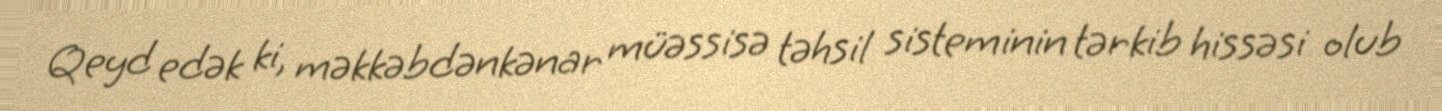
Qeyd edək ki, məkkəbdənkənar müəssisə təhsil sisteminin tərkib hissəsi olub